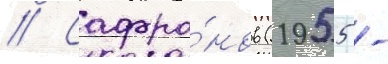
// Сафро́нов (1955 -